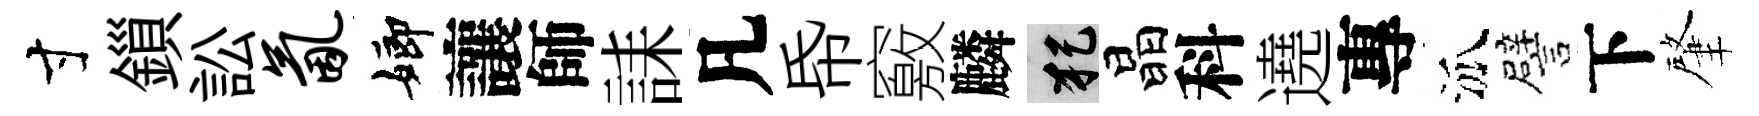
寸鎻訟氤嫏讓師誄凡帋竅麟犯晶科遶專泒譬下肇